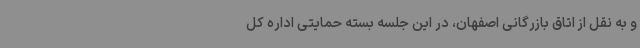
و به نقل از اتاق بازرگانی اصفهان، در این جلسه بسته حمایتی اداره کل